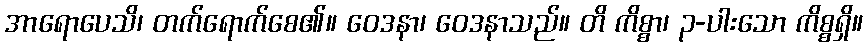
အာရောပေသိ၊ တက်ရောက်စေ၏။ ဝေဒနာ၊ ဝေဒနာသည်။ တိ ကိစ္စာ၊ ၃-ပါးသော ကိစ္စရှိ။